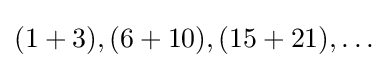
(1+3),(6+10),(15+21),\dots